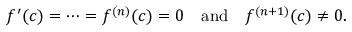
f ^ { \prime } ( c ) = \cdots = f ^ { ( n ) } ( c ) = 0 \quad { \mathrm { a n d } } \quad f ^ { ( n + 1 ) } ( c ) \neq 0 .